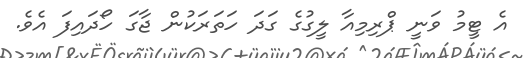
އެ ޓީމު ވަނީ ޕްރިމިއާ ލީގުގެ ގަދަ ހަތަރަކުން ޖާގަ ހޯދައިފަ އެވެ.